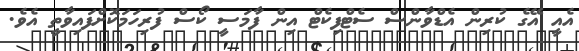
އެއީ އޭގެ ކުރިން އެޑްވާންސް ސެޓްފިކެޓް އިން ފާމަސީ ކޯސް ފުރިހަމަކޮށްފައިވާތީ އެވެ.